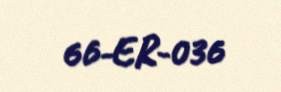
66-ER-036